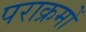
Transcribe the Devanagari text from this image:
पराक्रमों